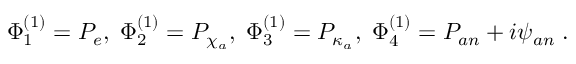
\Phi _ { 1 } ^ { ( 1 ) } = P _ { e } , \; \Phi _ { 2 } ^ { ( 1 ) } = P _ { \chi _ { a } } , \; \Phi _ { 3 } ^ { ( 1 ) } = P _ { \kappa _ { a } } , \; \Phi _ { 4 } ^ { ( 1 ) } = P _ { a n } + i \psi _ { a n } \; .